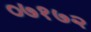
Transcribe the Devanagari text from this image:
०७१७२